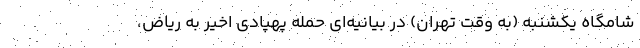
شامگاه یکشنبه (به وقت تهران) در بیانیه‌ای حمله پهپادی اخیر به ریاض،